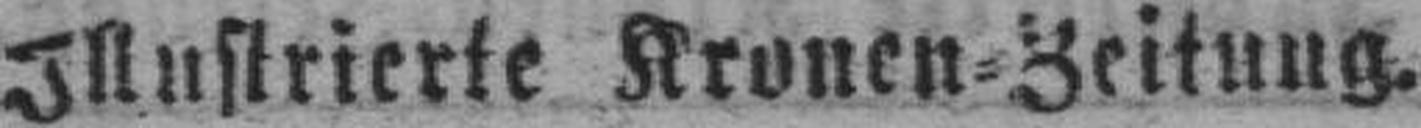
Illustrierte Kronen=Zeitung.